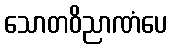
သောတဝိညာဏံပေ